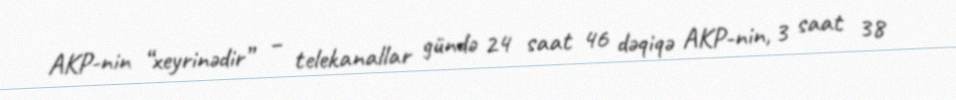
AKP-nin “xeyrinədir” – telekanallar gündə 24 saat 46 dəqiqə AKP-nin, 3 saat 38